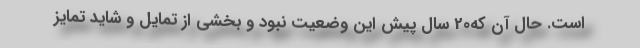
است. حال آن که20 سال پیش این وضعیت نبود و بخشی از تمایل و شاید تمایز